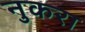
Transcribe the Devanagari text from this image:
नुकरा